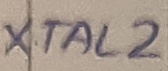
Text: XTAL2